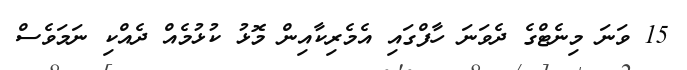
15 ވަނަ މިނެޓްގެ ދެވަނަ ހާފްގައި އެމެރިކާއިން މޮޅު ކުޅުމެއް ދެއްކި ނަމަވެސް